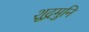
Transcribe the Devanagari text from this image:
शूद्रमुनि